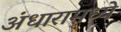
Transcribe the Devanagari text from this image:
अंधारामध्ये